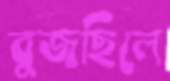
বুজছিলে